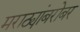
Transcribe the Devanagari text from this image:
मराठ्यांबरोबर